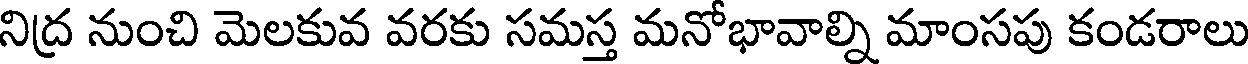
నిద్ర నుంచి మెలకువ వరకు సమస్త మనోభావాల్ని మాంసపు కండరాలు